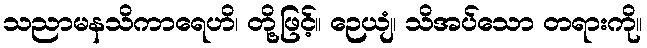
သညာမနသိကာရေဟိ၊ တို့ဖြင့်။ ဉေယျံ၊ သိအပ်သော တရားကို။